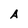
Character: A